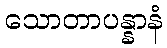
သောတာပန္နာနံ